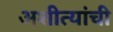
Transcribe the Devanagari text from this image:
अशीत्यांची